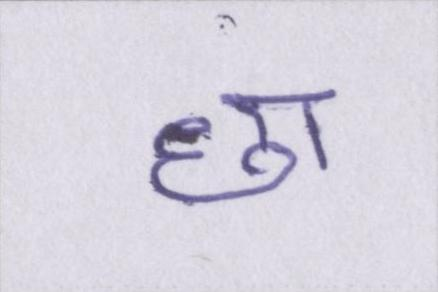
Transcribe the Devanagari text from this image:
छा